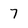
Character: 7